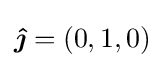
{\boldsymbol {\hat {\jmath }}}=(0,1,0)